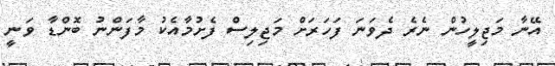
އޭނާ މަޖިލީހުން ނެރެ ދެވަނަ ފަހަރަށް މަޖިލިސް ފެށުމާއެކު މާފަންނު ބޮންޑާ ވަނީ